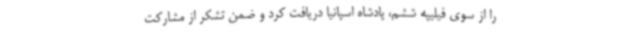
را از سوی فیلیپه ششم، پادشاه اسپانیا دریافت کرد و ضمن تشکر از مشارکت